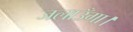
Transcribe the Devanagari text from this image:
जलाउँगा।